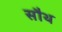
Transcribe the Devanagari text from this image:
सौथ